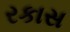
રકાસ